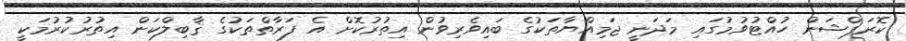
ކޮރަޕްޝަން ހުއްޓުވުމުގައި މަދަނީ ޖަމިއްޔާތަކުގެ ބައިވެރިވުން އިތުރުކޮށް އެ ފަރާތްތަކުގެ ޤާބިލްކަން އިތުރުކުރުމަކީ